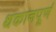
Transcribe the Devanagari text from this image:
थकानपूर्ण